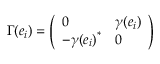
\Gamma ( e _ { i } ) = \left( \begin{array} { l l } { { 0 } } & { { \gamma ( e _ { i } ) } } \\ { { - { \gamma ( e _ { i } ) } ^ { * } } } & { { 0 } } \end{array} \right)